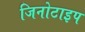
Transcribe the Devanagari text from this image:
जिनोटाइप